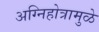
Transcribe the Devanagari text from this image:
अग्निहोत्रामुळे